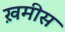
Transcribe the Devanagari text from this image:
ख़मीस